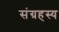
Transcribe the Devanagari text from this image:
संग्रहस्य